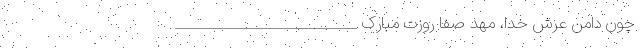
چون دامنِ عرش خدا، مهدِ صفا روزت مبارک __________________________